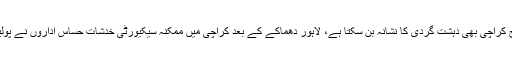
تفصیلات کے مطابق حساس اداروں نے خبردار کردیا ہے کہ لاہور کی طرح کراچی بھی دہشت گردی کا نشانہ بن سکتا ہے، لاہور دھماکے کے بعد کراچی میں ممکنہ سیکیورٹی خدشات حساس اداروں نے پولیس، رینجرز اور دیگر سیکیورٹی اداروں کو تحریری طور پر آگاہ کردیا ہے۔